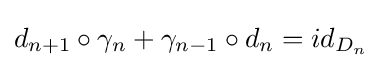
d_{n+1}\circ \gamma _{n}+\gamma _{n-1}\circ d_{n}=id_{D_{n}}